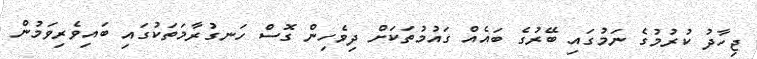
ޖިހާދު ކުރުމުގެ ނަމުގައި ބޭރުގެ ބައެއް ގައުމުތަކަށް ދިވެހިން ގޮސް ހަނގުރާމަތަކުގައި ބައިވެރިވަމުން